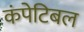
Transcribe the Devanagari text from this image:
कंपेटिबल